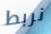
نربط